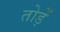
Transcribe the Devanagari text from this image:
तोड़ें